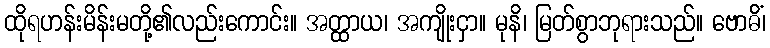
ထိုရဟန်းမိန်းမတို့၏လည်းကောင်း။ အတ္ထာယ၊ အကျိုးငှာ။ မုနိ၊ မြတ်စွာဘုရားသည်။ ဗောဓိံ၊